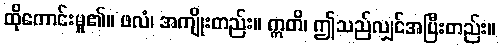
ထိုကောင်းမှု၏။ ဖလံ၊ အကျိုးတည်း။ ဣတိ၊ ဤသည်လျှင်အပြီးတည်း။